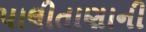
પાલીતાણાની